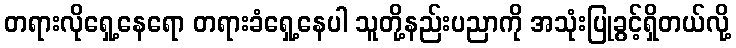
တရားလိုရှေ့နေရော တရားခံရှေ့နေပါ သူတို့နည်းပညာကို အသုံးပြုခွင့်ရှိတယ်လို့